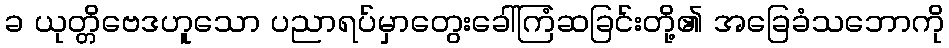
ခ ယုတ္တိဗေဒဟူသော ပညာရပ်မှာတွေးခေါ်ကြံဆခြင်းတို့၏ အခြေခံသဘောကို